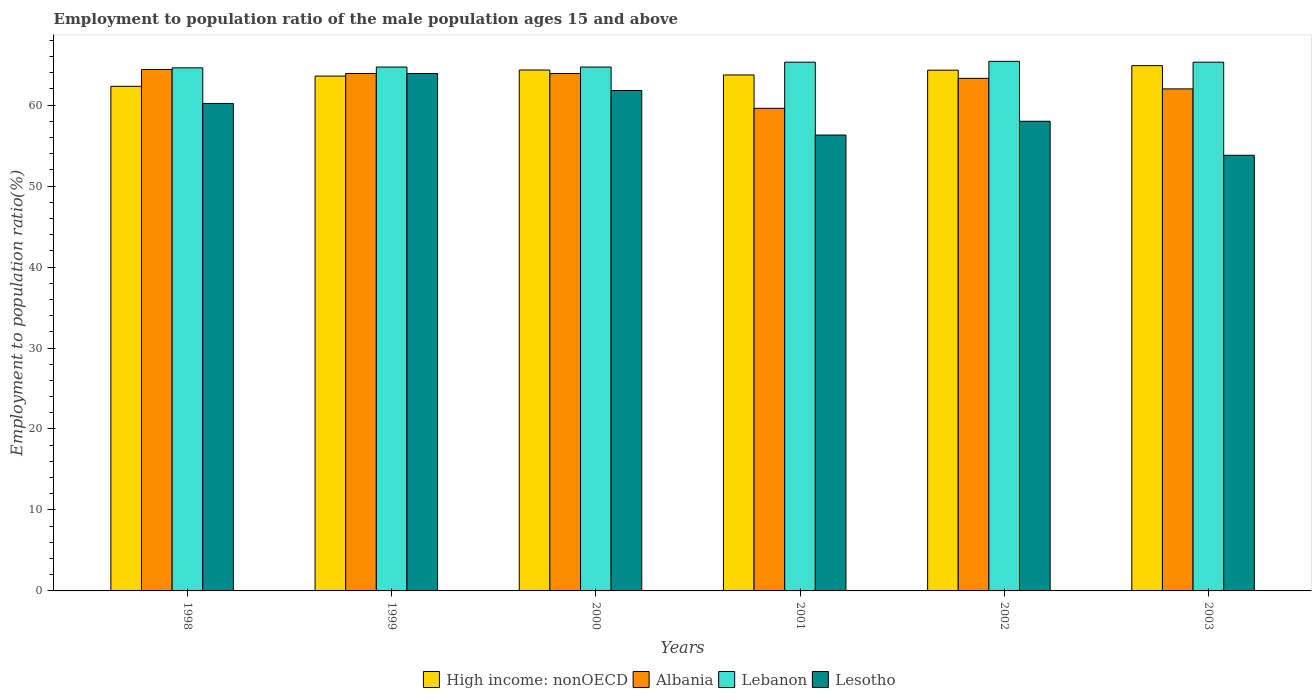
| Years | High income: nonOECD | Albania | Lebanon | Lesotho |
 | --- | --- | --- | --- | --- |
 | 1998 | 62.3 | 64.4 | 64.6 | 60.2 |
 | 1999 | 63.6 | 63.9 | 64.7 | 63.9 |
 | 2000 | 64.3 | 63.9 | 64.7 | 61.8 |
 | 2001 | 63.7 | 59.6 | 65.3 | 56.3 |
 | 2002 | 64.3 | 63.3 | 65.4 | 58 |
 | 2003 | 64.9 | 62 | 65.3 | 53.8 |